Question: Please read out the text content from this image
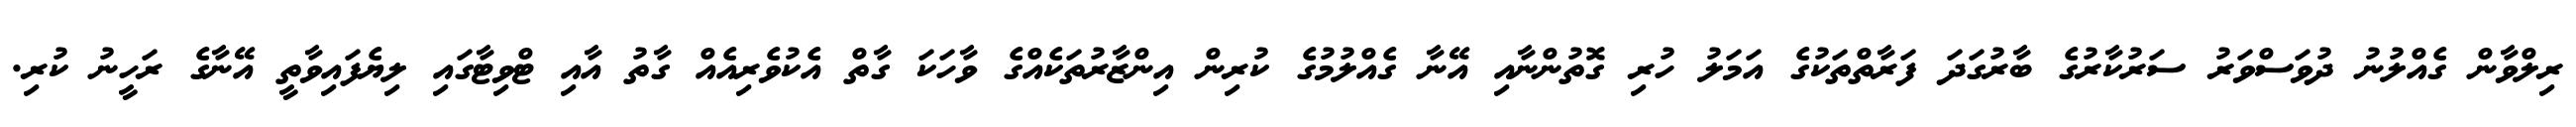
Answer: ރިލްވާން ގެއްލުނު ދުވަސްވަރު ސަރުކާރުގެ ބާރުގަދަ ފަރާތްތަކުގެ އަމަލު ހުރި ގޮތުންނާއި އޭނާ ގެއްލުމުގެ ކުރިން އިންޒާރުތަކެއްގެ ވާހަކަ ގާތް އެކުވެރިއެއް ގާތު އާއި ޓްވިޓާގައި ލިޔެފައިވާތީ އޭނާގެ ރަހީނު ކުރި.